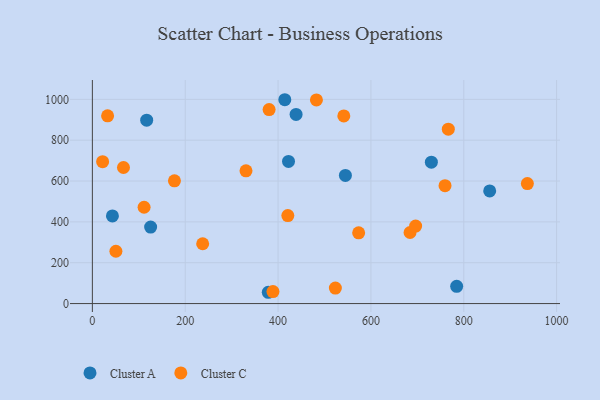
{"axis": {"x": "Price", "y": "Salary"}, "legend": ["Cluster A", "Cluster C"], "data": [{"x": "117.0", "y": 898.3, "type": "Cluster A"}, {"x": "422.5", "y": 696.0, "type": "Cluster A"}, {"x": "730.2", "y": 692.6, "type": "Cluster A"}, {"x": "378.9", "y": 55.3, "type": "Cluster A"}, {"x": "438.8", "y": 926.4, "type": "Cluster A"}, {"x": "784.7", "y": 84.2, "type": "Cluster A"}, {"x": "43.2", "y": 429.2, "type": "Cluster A"}, {"x": "125.5", "y": 374.8, "type": "Cluster A"}, {"x": "855.8", "y": 551.6, "type": "Cluster A"}, {"x": "545.0", "y": 627.3, "type": "Cluster A"}, {"x": "414.5", "y": 998.2, "type": "Cluster A"}, {"x": "523.4", "y": 75.9, "type": "Cluster C"}, {"x": "389.0", "y": 58.7, "type": "Cluster C"}, {"x": "684.3", "y": 348.0, "type": "Cluster C"}, {"x": "111.4", "y": 471.6, "type": "Cluster C"}, {"x": "22.1", "y": 694.9, "type": "Cluster C"}, {"x": "541.6", "y": 918.9, "type": "Cluster C"}, {"x": "696.3", "y": 379.7, "type": "Cluster C"}, {"x": "50.7", "y": 256.1, "type": "Cluster C"}, {"x": "759.6", "y": 577.4, "type": "Cluster C"}, {"x": "937.0", "y": 587.8, "type": "Cluster C"}, {"x": "32.8", "y": 919.3, "type": "Cluster C"}, {"x": "176.8", "y": 601.1, "type": "Cluster C"}, {"x": "482.6", "y": 997.2, "type": "Cluster C"}, {"x": "421.0", "y": 430.9, "type": "Cluster C"}, {"x": "67.0", "y": 666.4, "type": "Cluster C"}, {"x": "237.6", "y": 293.0, "type": "Cluster C"}, {"x": "330.9", "y": 650.1, "type": "Cluster C"}, {"x": "380.7", "y": 949.8, "type": "Cluster C"}, {"x": "766.7", "y": 853.9, "type": "Cluster C"}, {"x": "573.6", "y": 346.6, "type": "Cluster C"}]}